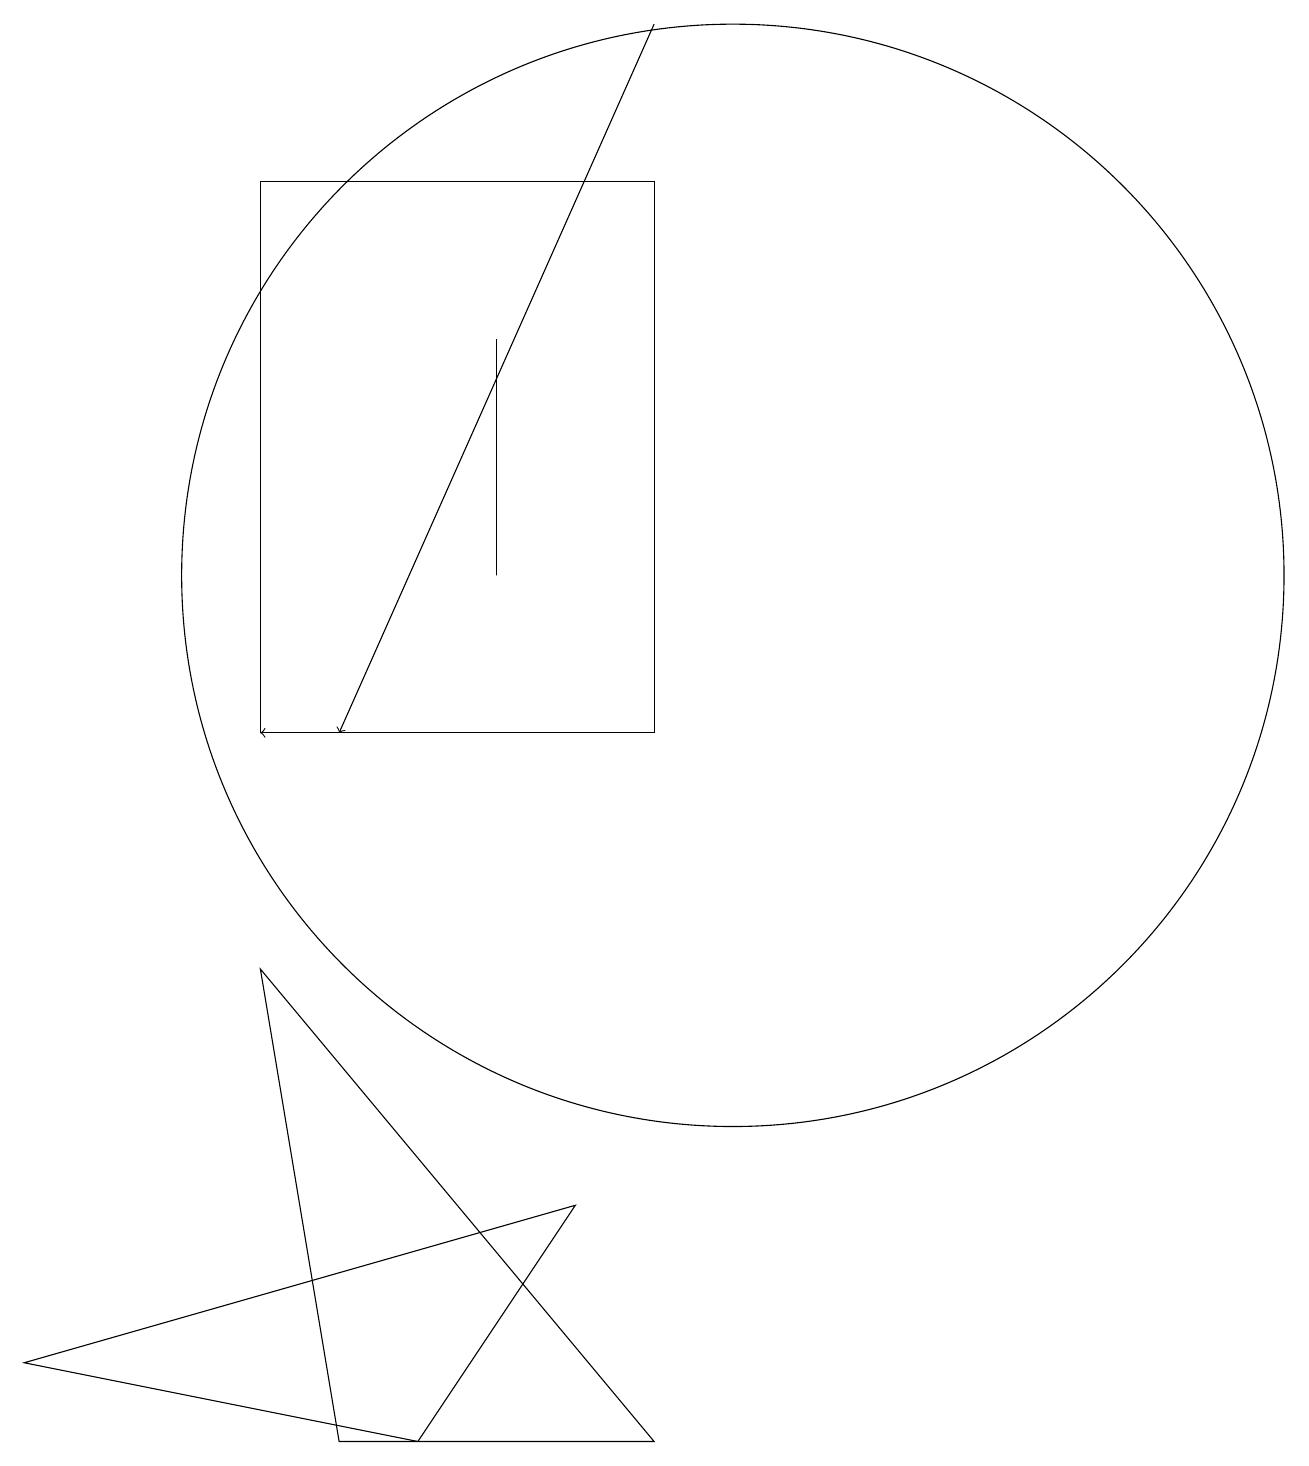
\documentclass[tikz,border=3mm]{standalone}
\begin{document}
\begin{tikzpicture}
\draw (10,12) circle (7);
\draw[->] (5,10) -- (4,10);
\draw (9,10) rectangle (4,17);
\draw (9,1) -- (4,7) -- (5,1) -- cycle;
\draw[->] (9,19) -- (5,10);
\draw (7,15) rectangle (7,12);
\draw (1,2) -- (6,1) -- (8,4) -- cycle;
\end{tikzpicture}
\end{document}